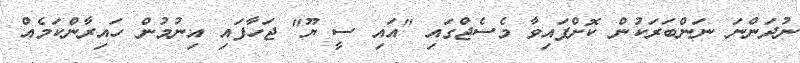
ނުދަންނަ ނަންބަރަކުން ކޮށްފައިވާ މެސެޖްގައި "އައި ސީ ޔޫ" ޖަހާފައި އިނުމުން ހައިރާންކަމެއް